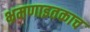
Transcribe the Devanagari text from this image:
भ्रमणाइतकाच